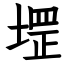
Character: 堽